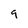
Character: 9